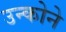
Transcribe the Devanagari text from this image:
उन्कोने